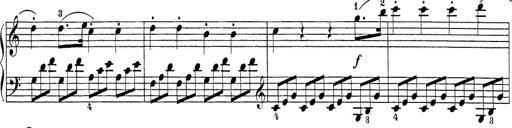
Title: Sonatina Album
Composer: Louis KÃ¶hler